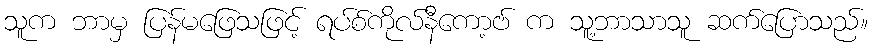
သူက ဘာမှ ပြန်မဖြေသဖြင့် ရပ်စ်ကိုလ်နီကော့ဗ် က သူ့ဘာသာသူ ဆက်ပြောသည်။